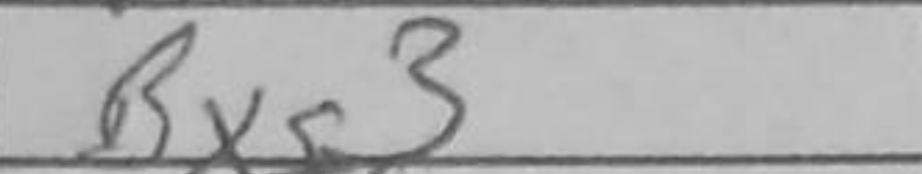
Transcription: Bxg3